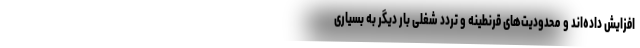
افزایش داده‌اند و محدودیت‌های قرنطینه و تردد شغلی بار دیگر به بسیاری